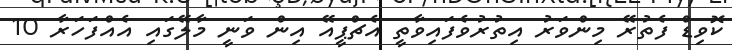
ކޮވިޑް ފެތުރޭ މިންވަރު އިތުރުވެފައިވާތީ އެޗްޕީއޭ އިން ވަނީ މާލޭގައި އެއްފަހަރާ 10